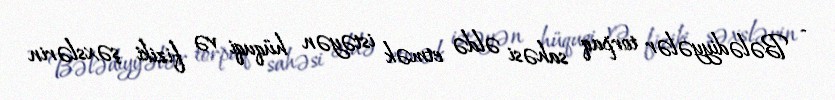
- Bələdiyyələr torpaq sahəsi əldə etmək istəyən hüquqi və fiziki şəxslərin